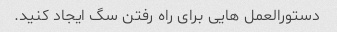
دستورالعمل هایی برای راه رفتن سگ ایجاد کنید.